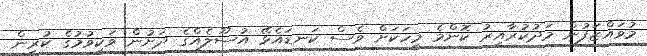
މުވައްޒަފުން މަދުކުރާއިރު ކޮންމެ މީހަކަށް ވެސް ކަނޑައެޅޭ އުސޫލެއްގެ ދަށުން ވަކިވުމުގެ ކުރިން